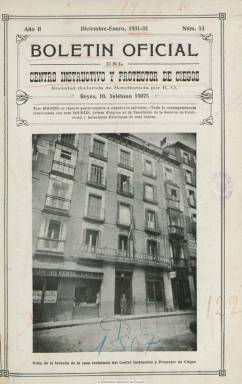
Título: Boletín oficial del Centro Instructivo y Protector de Ciegos
Colección: Educación
Ámbito geográfico: Madrid
Lugar de publicación: Madrid
Fechas: 01/12/1931-30/06/1933

Comienza a publicarse en 1930 como órgano del Centro Instructivo y Protector de Ciegos (CIPA), una sociedad de socorro mutuo y de resistencia contra las campañas en contra de la mendicidad, que había sido fundado en 1894 por alumnos del Colegio Nacional de Ciegos y declarada como organización de beneficencia en 1910, y que servirá de modelo a otras corporaciones provinciales de iguales características. Su periodicidad es mensual –aunque a veces lo será bimensual- con entregas, generalmente de dieciséis páginas, más cuatro de cubiertas, compuestas a dos columnas y estampadas en la Imprenta de Sordomudos, establecida en el Paseo de la Castellana, 71. Publica también algún número extraordinario y la colección de la Biblioteca Nacional de España es muy incompleta.

La responsabilidad de su edición y redacción recae en la Sección de Publicaciones y Relaciones Exteriores de la CIPA. Se repartía gratuitamente entre los socios protectores de la organización (también contaba con socios simpatizantes), que contaba con un Consejo Patronal, y entre sus servicios de acción educativa, social, con un claustro de profesores titulados y especializados, Biblioteca Circulante y Sala-Biblioteca y diversos talleres. Su presidente honorario era Miguel Granell.

El boletín refleja las aspiraciones y actividades de la CIPA madrileña, que desarrolla, especialmente, una labor protectora, benéfica y educativa entre los invidentes, y desde el mismo se fomentaba su poyo moral y económico. Además inserta artículos sobre el estado social y la instrucción de ciegos tanto en España como en otros países. Da cuenta del desarrollo legislativo sobre esta materia y tiene una sección de Ciegos ilustres y otra de Noticias, además de la dedicada a Anuncios publicitarios. También ofrece fotografías y una página de Anagliptografía sin relieve para educar a los ciegos.

La CIPA también publicó una revista escrita en braille bajo el título El monitor. Por su parte, la Federación Nacional de Ciegos Españoles tuvo como órgano a La luz (1930-1936), publicación que también forma parte de la colección de la Biblioteca Nacional de España. La posterior Organización Nacional de Ciegos de España (ONCE) fue fundada por decreto de 1938.